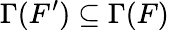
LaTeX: \Gamma(F^{\prime})\subseteq\Gamma(F)